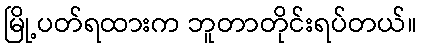
မြို့ပတ်ရထားက ဘူတာတိုင်းရပ်တယ်။